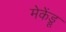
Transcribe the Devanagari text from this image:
मेकेंड्रू